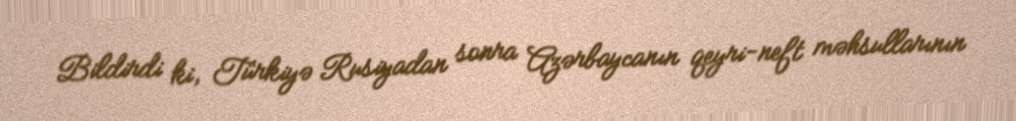
Bildirdi ki, Türkiyə Rusiyadan sonra Azərbaycanın qeyri-neft məhsullarının